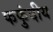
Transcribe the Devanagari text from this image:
फफुंदीय